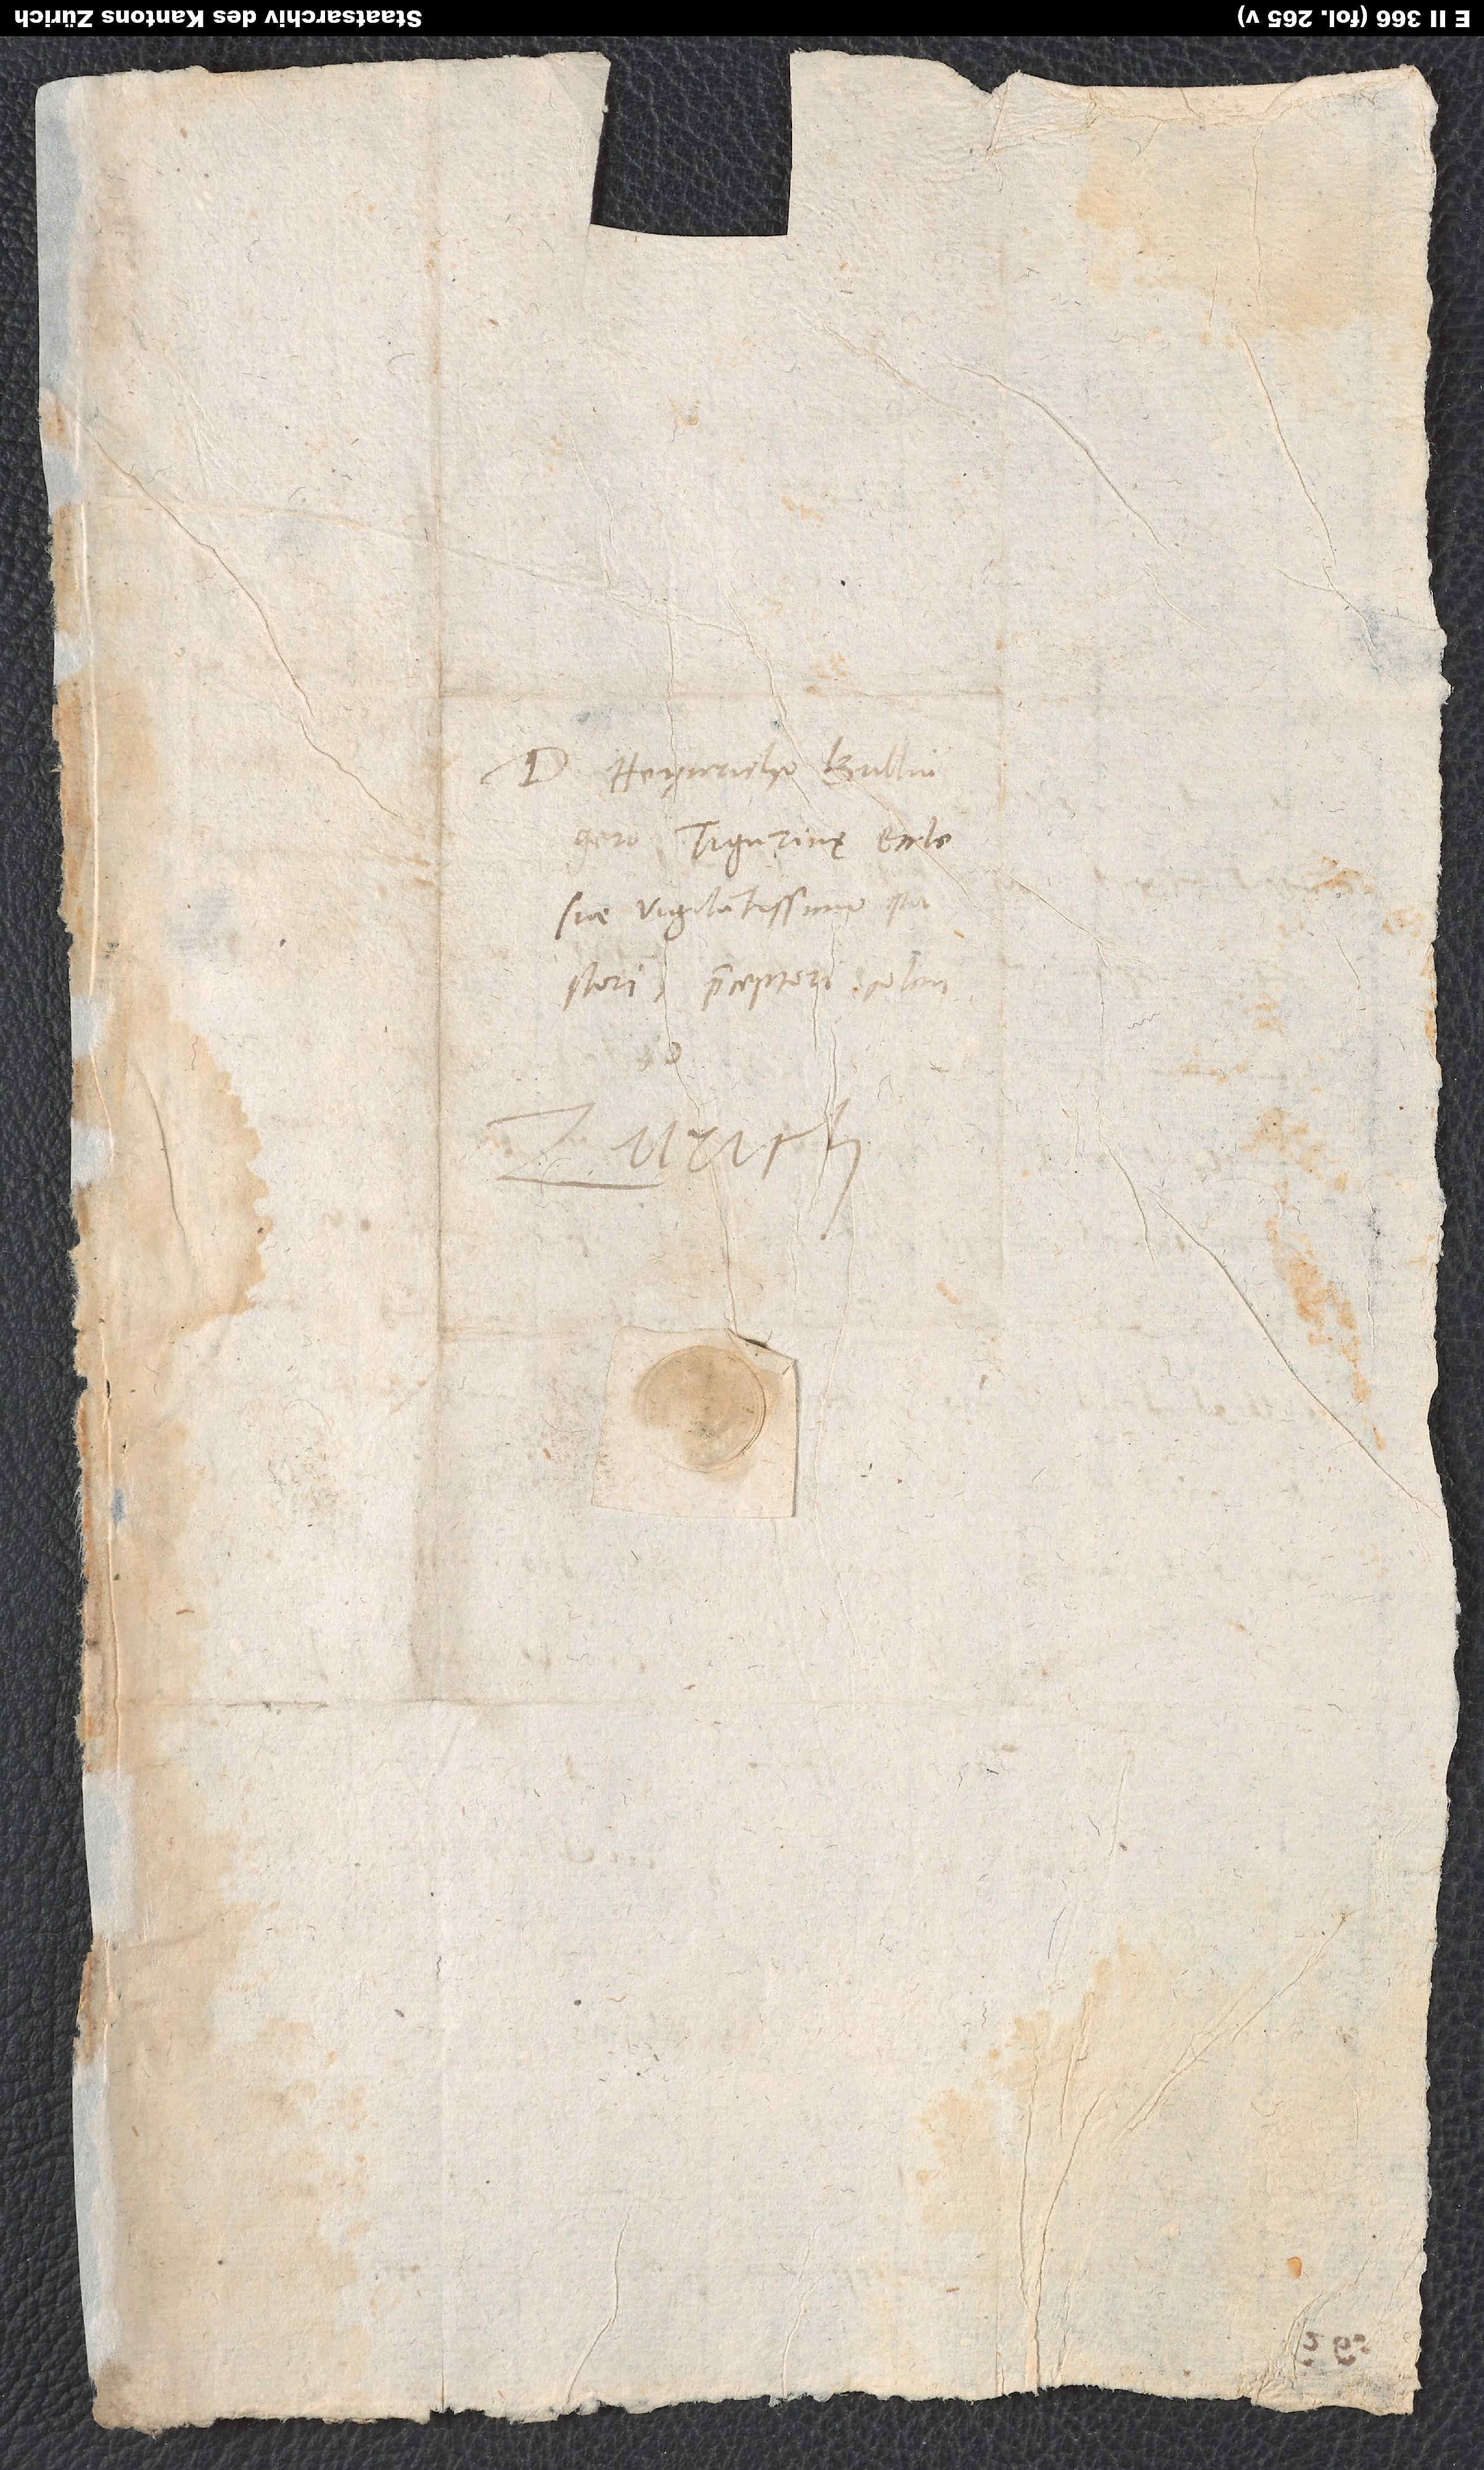
D. Heynricho Bullingero,
Tigurinę ecclesiae
vigilantissimo pastori,
praeceptori colendo.
Zurich.